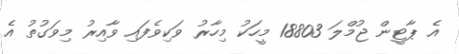
އެ ޕާޓީން ޖުމްލަ 18803 މީހަކު މިހާރު ވަކިވެފައި ވާއިރު މިވަގުތު އެ